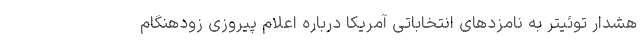
هشدار توئیتر به نامزدهای انتخاباتی آمریکا درباره اعلام پیروزی زودهنگام